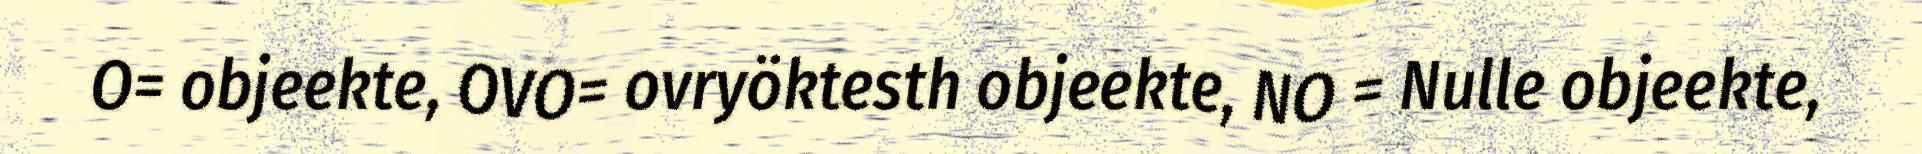
O= objeekte, OVO= ovryöktesth objeekte, NO = Nulle objeekte,